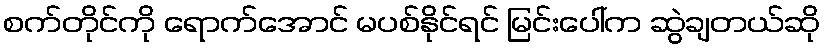
စက်တိုင်ကို ရောက်အောင် မပစ်နိုင်ရင် မြင်းပေါ်က ဆွဲချတယ်ဆို